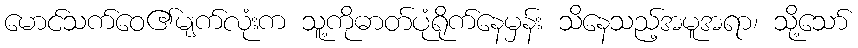
မောင်သက်ဝေ၏မျက်လုံးက သူ့ကိုဓာတ်ပုံရိုက်နေမှန်း သိနေသည့်အမူအရာ၊ သို့သော်